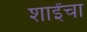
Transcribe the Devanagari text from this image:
शाईंचा